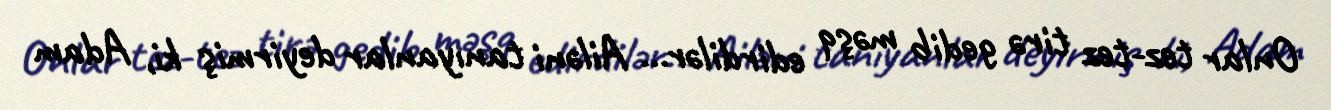
Onlar tez-tez tirə gedib məşq edirdilər... Ailəni tanıyanlar deyirmiş ki, Adam